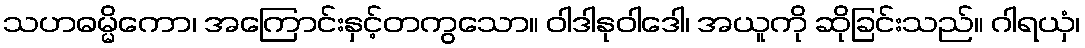
သဟဓမ္မိကော၊ အကြောင်းနှင့်တကွသော။ ဝါဒါနုဝါဒေါ၊ အယူကို ဆိုခြင်းသည်။ ဂါရယှံ၊